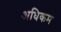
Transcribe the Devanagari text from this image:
अधिकम